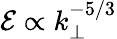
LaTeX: \mathcal{E}\propto k_{\perp}^{-5/3}